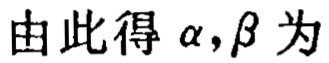
由此得 \(\alpha,\beta\) 为